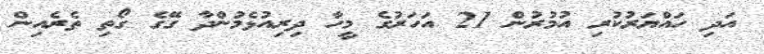
އަދި ހައްޔަރުކުރި އުމުރުން 21 އަހަރުގެ މީހާ ދިރިއުޅެމުންދާ ގޭގެ ގޯތި ތެރެއިން